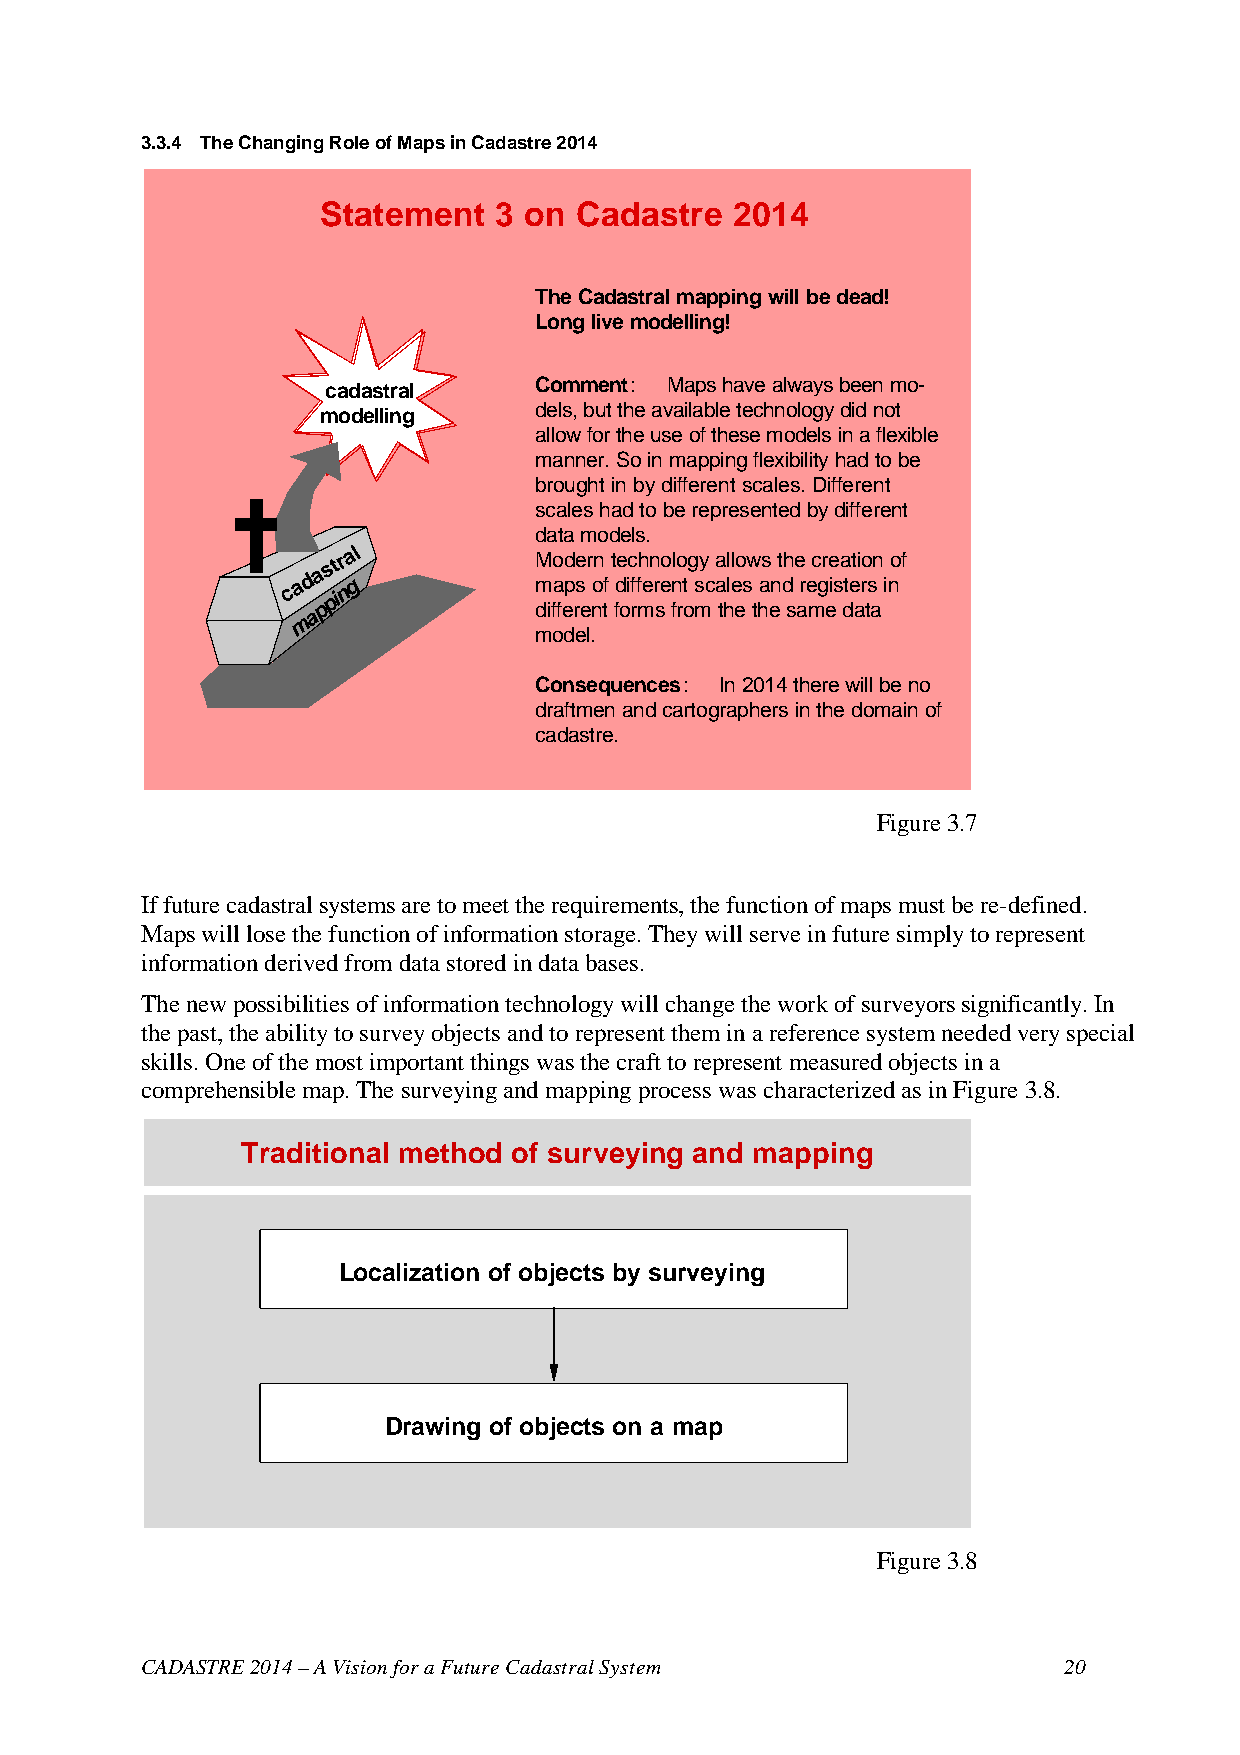
3.3.4 The Changing Role of Maps in Cadastre 2014
 Statement   3 on Cadastre   2014
 The Cadastral mapping will be dead!
 Long live modelling!
 cadastral    Comment: Maps have always been mo-
 modelling     dels, but the available technology did not
 allow for the use of these models in a flexible
 manner. So in mapping flexibility had to be
 brought in by different scales. Different
 scales had to be represented by different
 data models.
 c a d a
 str na gl    M mo ad pe
 s
 r on
 f
 t de ic ffh en reo nlo tg sy
 c
 a al ll eo sw as
 n
 t dh e
 r
 ec gre isa teti ro sn
 i
 no f
 pi
 p             different forms from the the same data
 a
 m
 model.
 Consequences: In 2014 there will be no
 draftmen and cartographers in the domain of
 cadastre.
 Figure 3.7
 If future cadastral systems are to meet the requirements, the function of maps must be re-defined.
 Maps will lose the function of information storage. They will serve in future simply to represent
 information derived from data stored in data bases.
 The new possibilities of information technology will change the work of surveyors significantly. In
 the past, the ability to survey objects and to represent them in a reference system needed very special
 skills. One of the most important things was the craft to represent measured objects in a
 comprehensible map. The surveying and mapping process was characterized as in Figure 3.8.
 Traditional method of surveying and mapping
 Localization of objects by surveying
 Drawing of objects on a map
 Figure 3.8
 CADASTRE 2014 – A Vision for a Future Cadastral System       20